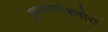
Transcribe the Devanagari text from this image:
कुनानपोशपोरा